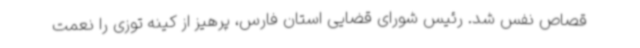
قصاص نفس شد. رئیس شورای قضایی استان فارس، پرهیز از کینه توزی را نعمت